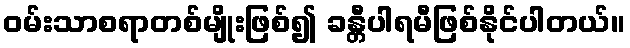
ဝမ်းသာစရာတစ်မျိုးဖြစ်၍ ခန္တီပါရမီဖြစ်နိုင်ပါတယ်။